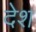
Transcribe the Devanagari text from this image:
देेश